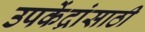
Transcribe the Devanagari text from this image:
उपकेंद्रांसाठी